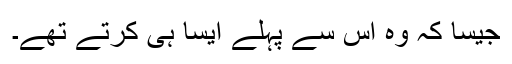
جیسا کہ وہ اس سے پہلے ایسا ہی کرتے تھے۔